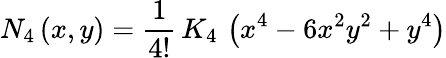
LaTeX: N_{4}\left(x,y\right)=\frac{1}{4!}\, K_{4}\, \left(x^{4}-6x^{2}y^{2}+y^{4}\right)